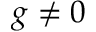
g \neq 0